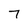
Character: 7